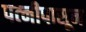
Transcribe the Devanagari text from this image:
पत्‍नीपासून